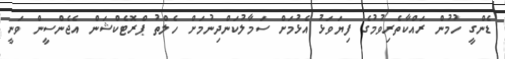
ޑެންގީ ހުމުން ރައްކާތެރިވުމުގެ ފިޔަވަޅު އެޅުމަށް ސަމާލުކަންދިނުމަށް ހެލްތު ޕްރޮޓެކްޝަން އެޖެންސީން ވަނީ